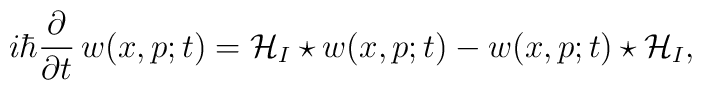
i\hbar \frac{\partial }{\partial t}\,w(x,p;t)={\cal H}_I \star w (x,p;t)- w(x,p;t)\star {\cal H}_I,